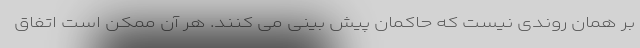
بر همان روندی نیست که حاکمان پیش بینی می کنند. هر آن ممکن است اتفاق